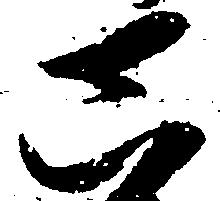
真